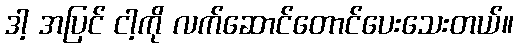
ဒါ့ အပြင် ငါ့ကို လက်ဆောင်တောင်ပေးသေးတယ်။